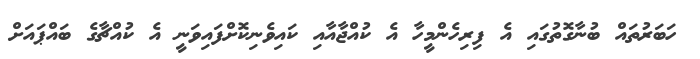
ހަބަރުތައް ބުނާގޮތުގައި އެ ފިރިހެންމީހާ އެ ކުއްޖާއާއި ކައިވެނިކޮށްފައިވަނީ އެ ކުއްޗާގެ ބައްޕައަށް